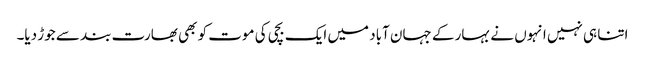
اتنا ہی نہیں انہوں نے بہار کے جہان آباد میں ایک بچی کی موت کو بھی بھارت بند سے جوڑ دیا۔